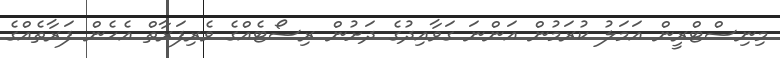
މިނިސްޓްރީން އަމަލު ކުރަމުން އަންނަ ގަވާއިދުގެ ދަށުން ރިސޯޓެއްގެ ވެރިފަރާތް އެހެން ފަރާތެއްގެ